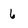
Character: 6